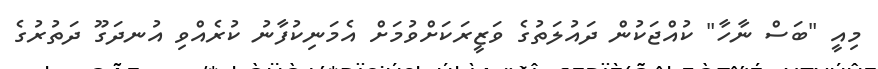
މިއީ "ބަސް ނާހާ" ކުއްޖަކުން ދައުލަތުގެ ވަޒީރަކަށްވުމަށް އެމަނިކުފާނު ކުރެއްވި އުނދަގޫ ދަތުރުގެ